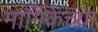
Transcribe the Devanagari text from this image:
मार्गिकेच्या